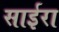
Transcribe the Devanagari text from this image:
साईरा